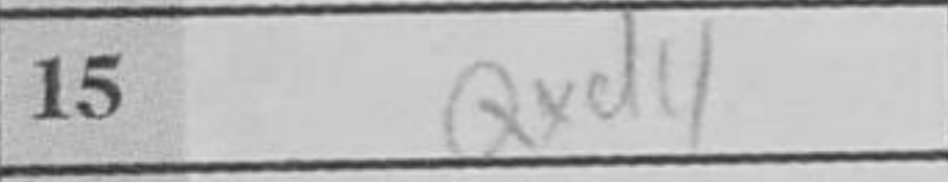
Transcription: Qxd4